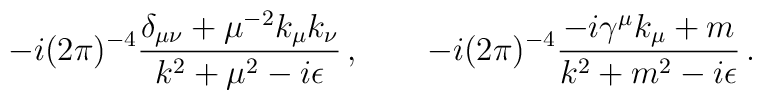
-i (2\pi)^{-4} { \delta_{\mu\nu} + \mu^{-2} k_\mu k_\nu	\over k^2 + \mu^2 - i\epsilon } \,,\qquad   -i (2\pi)^{-4} { -i \gamma^\mu k_\mu + m \over k^2 + m^2 	- i\epsilon } \,.